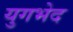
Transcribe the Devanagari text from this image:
युगभेद